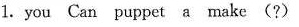
1.you Can puppet a make (?)